Investigations on Bengal jail dietaries - Number 37
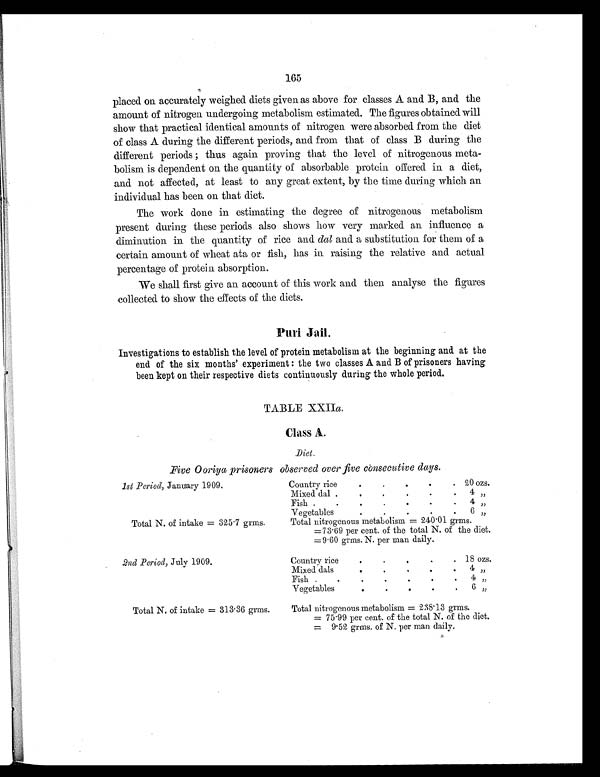
165
placed on accurately weighed diets given as above for classes A and B, and the
amount of nitrogen undergoing metabolism estimated. The figures obtained will
show that practical identical amounts of nitrogen were absorbed from the diet
of class A during the different periods, and from that of class B during the
different periods ; thus again proving that the level of nitrogenous meta-
bolism is dependent on the quantity of absorbable protein offered in a diet,
and not affected, at least to any great extent, by the time during which an
individual has been on that diet.
The work done in estimating the degree of nitrogenous metabolism
present during these periods also shows how very marked an influence a
diminution in the quantity of rice and dal and a substitution for them of a
certain amount of wheat ata or fish, has in raising the relative and actual
percentage of protein absorption.
We shall first give an account of this work and then analyse the figures
collected to show the effects of the diets.
Puri Jail.
Investigations to establish the level of protein metabolism at the beginning and at the
end of the six months' experiment: the two classes A and B of prisoners having
been kept on their respective diets continuously during the whole period.
TABLE XXIIa.
Class A.
Diet.
Five Ooriya prisoners observed over five consecutive days.
1 st Period, January 1909.
Country rice
.
.
.
.
. 20 ozs.
Mixed dal
. .
.
.
.
. 4 "
Fish.
.
.
.
.
.
4 "
Vegetables
.
.
. .
.
6 "
Total N. of intake = 325.7 grms.
Total nitrogenous metabolism = 240.01 grms.
=73.69 per cent. of the total N. of the diet.
=9.60 grams. N. per man daily.
2nd Period, July 1909.
Country rice
.
.
.
.
. 18 ozs.
Mixed dals
.
.
.
.
.
4 "
Fish
.
.
.
.
.
4 "
Vegetables
.
.
.
.
.
6 "
Total N. of intake = 313.36 grms.
Total nitrogenous metabolism = 238.13 grms.
= 75.99 per cent. of the total N. of the diet.
= 9.52 grms. of N. per man daily.